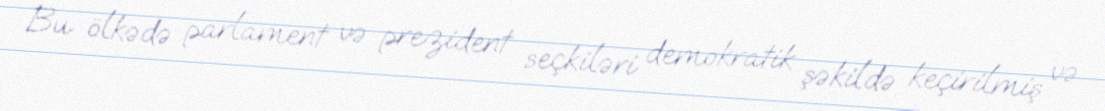
Bu ölkədə parlament və prezident seçkiləri demokratik şəkildə keçirilmiş və